Jaan_Tonisson_(Lasteleht), lk 246
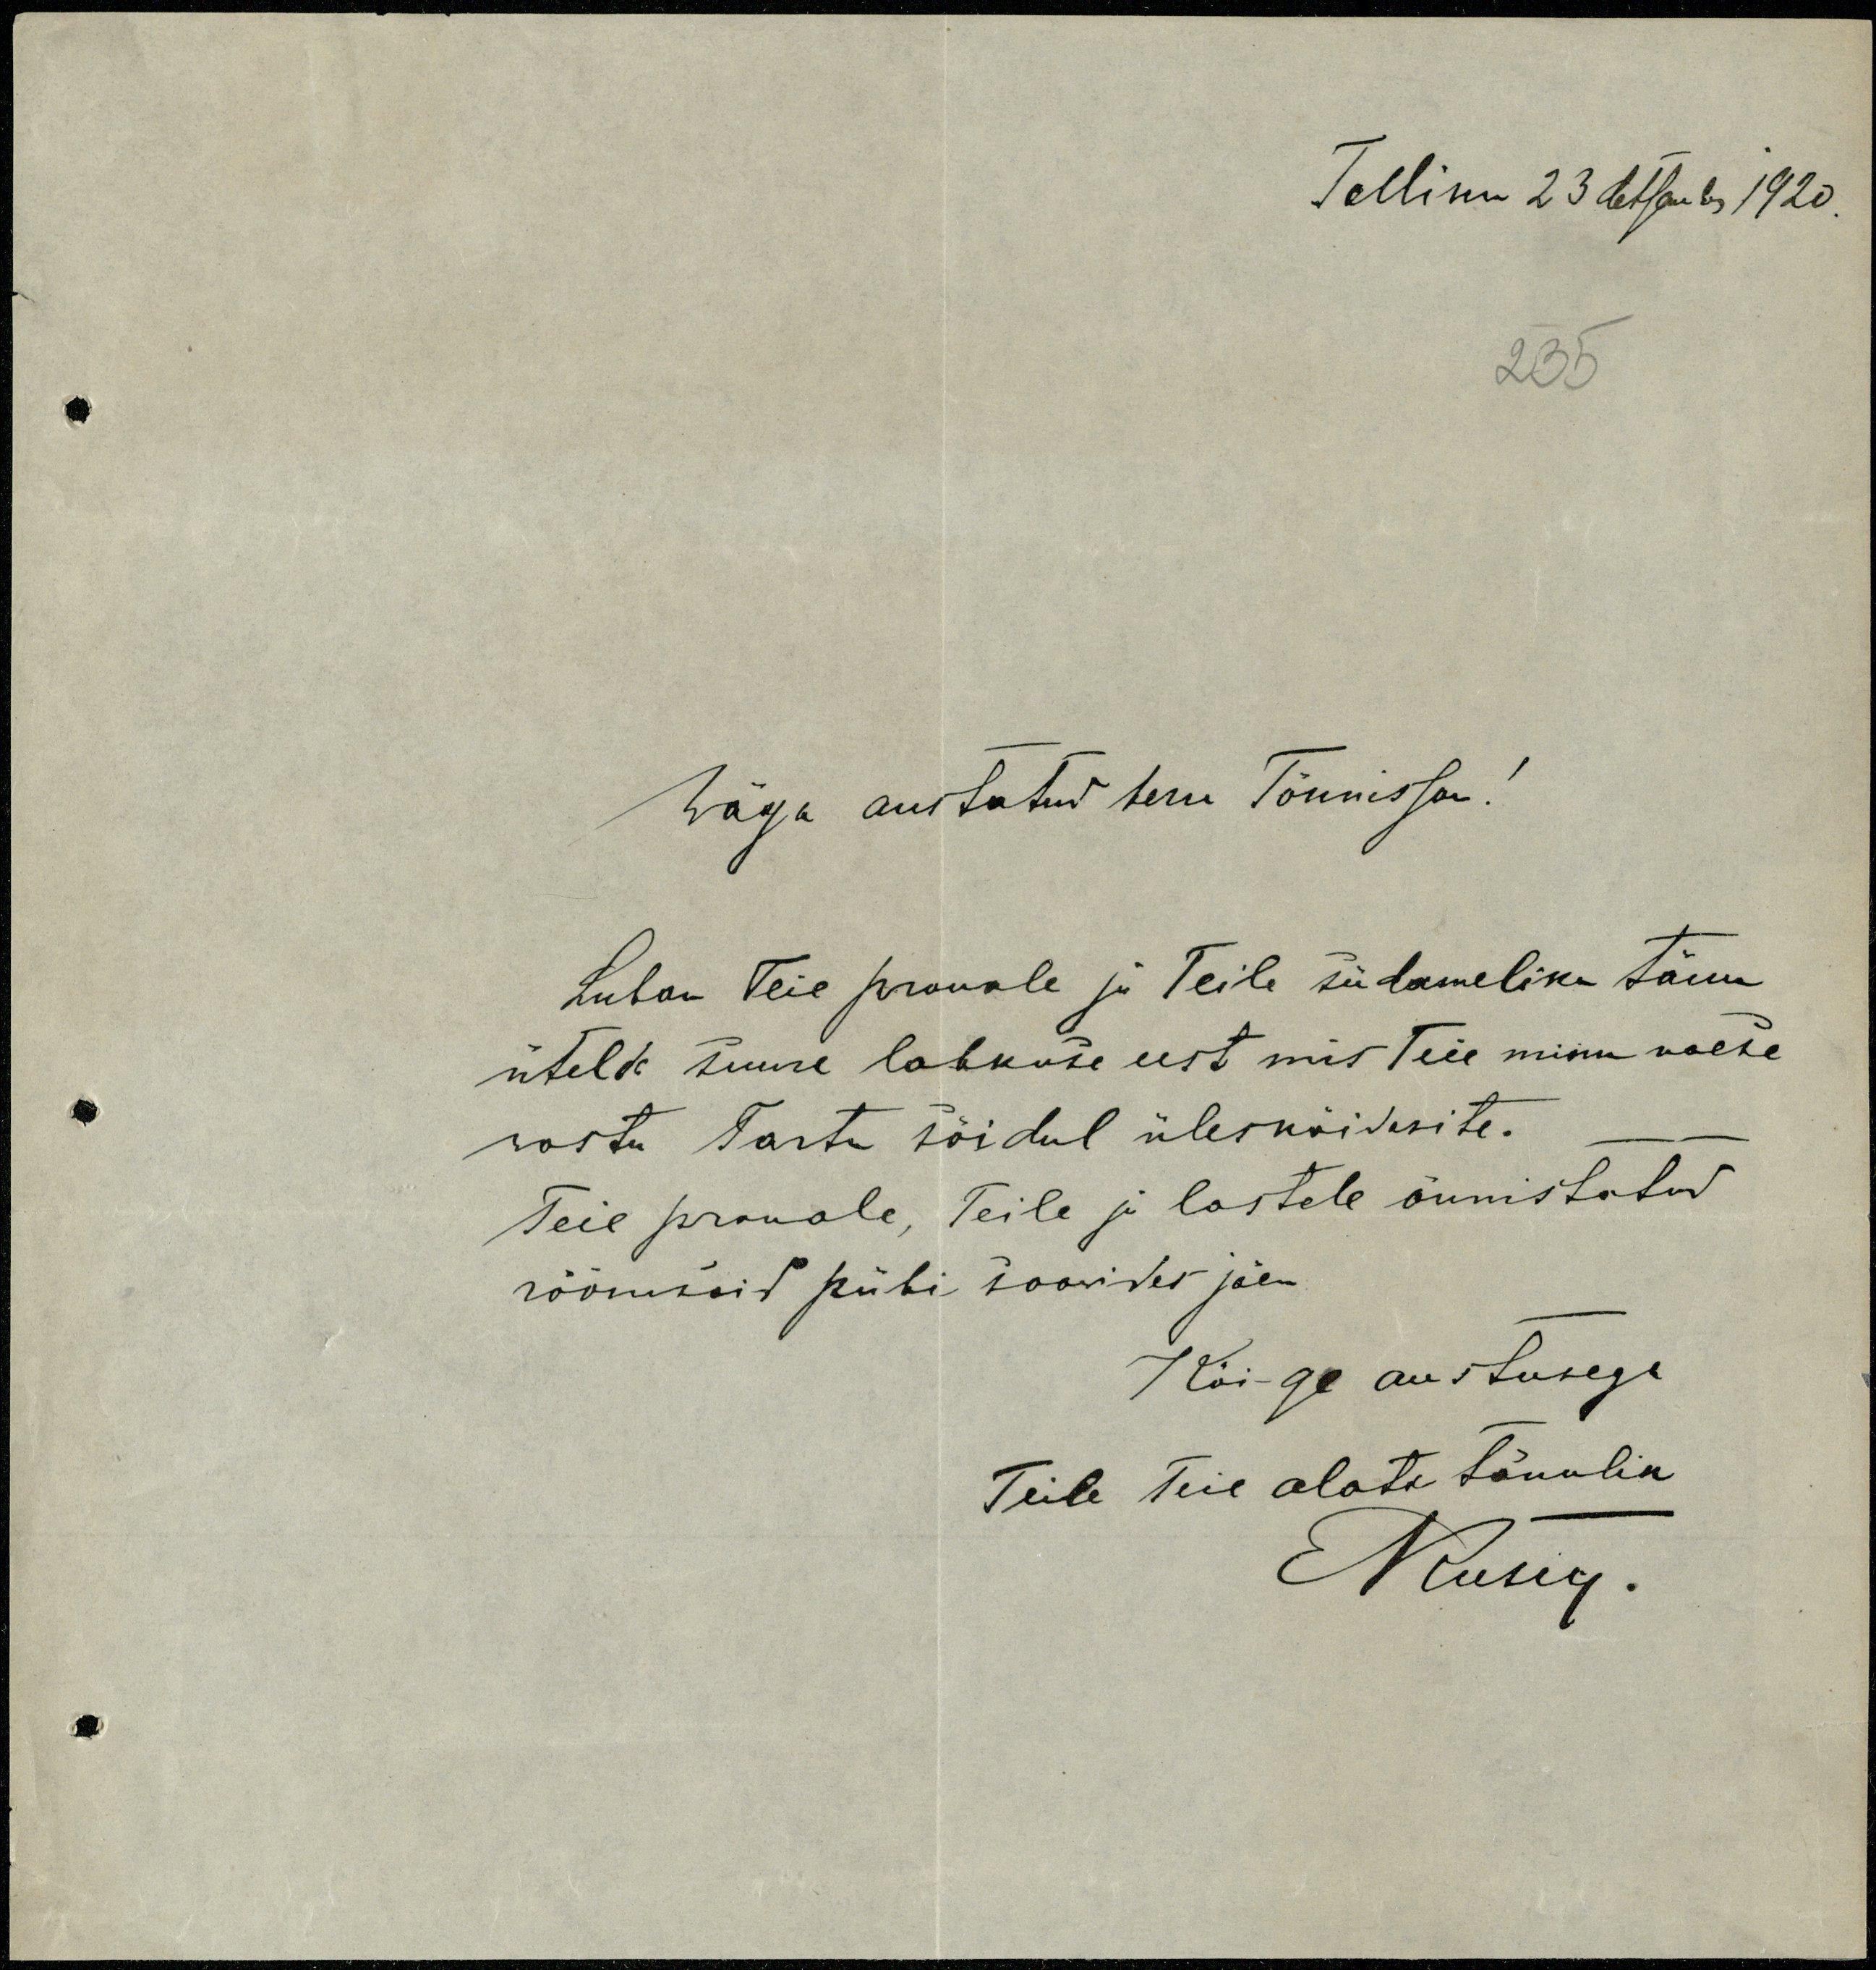
Tallinn 23 Detsember 1920
235
Wäga austatud herra Tõnnisson!
Luban Teie prouale ja Teile südameliku tänu
ütelde suure lahkuse eest mis Teie minu waese
wastu Tartu sõidul ülesnäidasite.
Teie prouale, Teile ja lastele õnnistatud
rõõmsaid pühi soovides jäen
Kõige austusega
Teile Teie alati tänulik
Nusig.